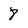
Character: 8